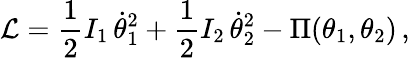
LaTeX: \mathcal{L}=\frac{1}{2}I_{1}\, \dot{\theta}_{1}^{2}+\frac{1}{2}I_{2}\, \dot{\theta}_{2}^{2}-\Pi(\theta_{1},\theta_{2})\, ,